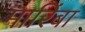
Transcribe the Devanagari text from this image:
मारिंबा